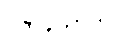
ဝိဇာနိယာတိ